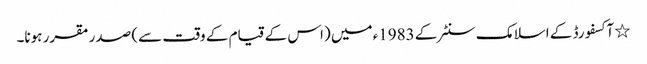
٭ آکسفورڈ کے اسلامک سنٹر کے 1983ء میں (اس کے قیام کے وقت سے) صدر مقرر ہونا۔